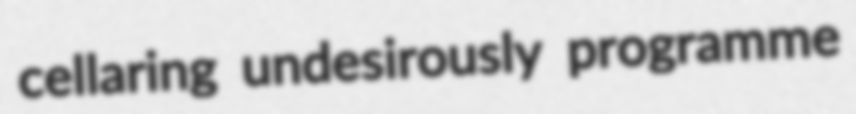
cellaring undesirously programme